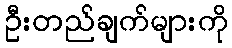
ဦးတည်ချက်များကို